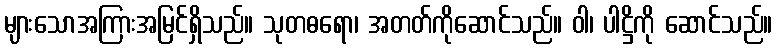
များသောအကြားအမြင်ရှိသည်။ သုတဓရော၊ အတတ်ကိုဆောင်သည်။ ဝါ၊ ပါဋ္ဌိကို ဆောင်သည်။